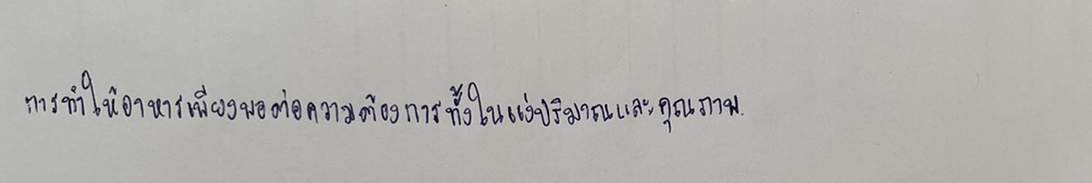
การทำให้มีอาหารเพียงพอต่อความต้องการทั้งในแง่ปริมาณและคุณภาพ